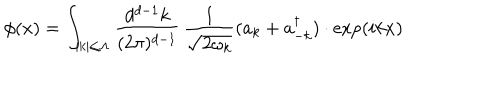
LaTeX: \phi ( x ) = \int _ { | k | \le \Lambda } { \frac { d ^ { d - 1 } k } { ( 2 \pi ) ^ { d - 1 } } } \, { \frac { 1 } { \sqrt { 2 \omega _ { k } } } } ( a _ { k } + a _ { - k } ^ { \dagger } ) \cdot \exp ( i k x )